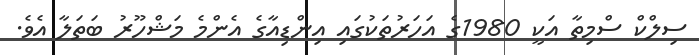
ސިލްކް ސްމިތާ އަކީ 1980ގެ އަހަރުތަކުގައި އިންޑިއާގެ އެންމެ މަޝްހޫރު ބަތަލާ އެވެ.